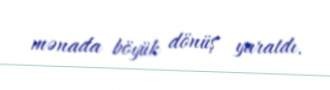
mənada böyük dönüş yaratdı.